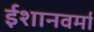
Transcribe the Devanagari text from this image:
ईशानवर्मा